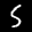
Label: 5